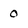
Character: 0